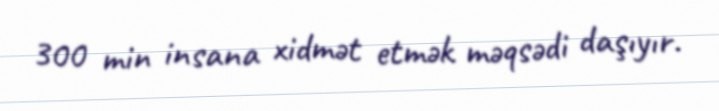
300 min insana xidmət etmək məqsədi daşıyır.